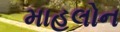
માહલોન